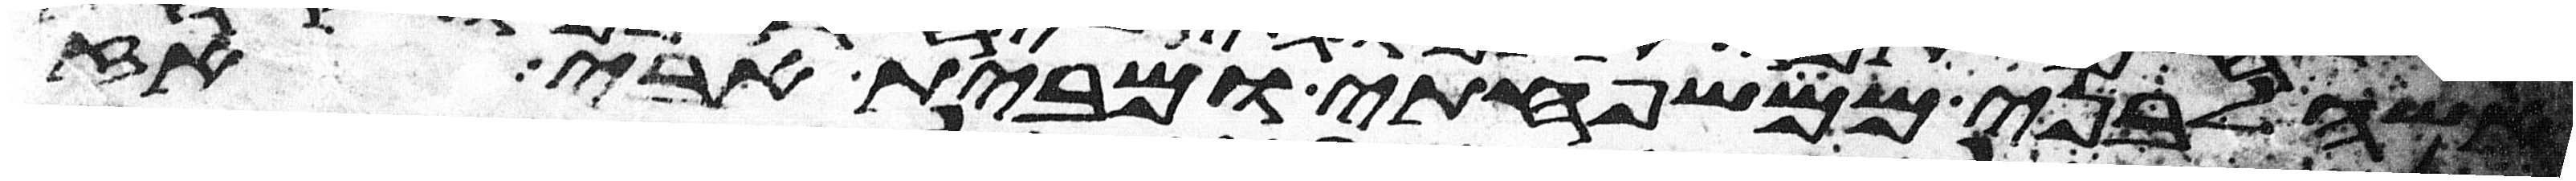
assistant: אשה לבני ממשפחתי ומבית אבי אז